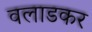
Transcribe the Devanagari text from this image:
वलाडकर